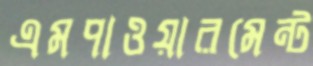
এমপাওয়ারমেন্ট